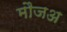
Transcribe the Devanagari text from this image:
मौजअ